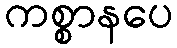
ကစ္စာနပေ